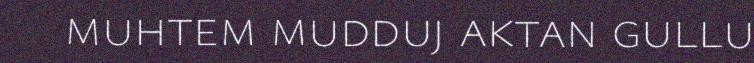
muhtem mudduj aktan gullu